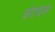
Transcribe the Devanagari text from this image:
उंटदल